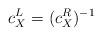
LaTeX: \begin{gather*} c^L_X=(c^R_X)^{-1}\end{gather*}